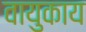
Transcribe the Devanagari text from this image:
वायुकाय